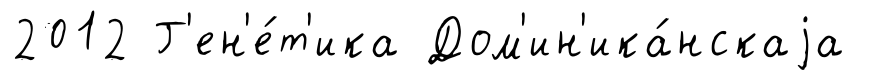
2012 Г'ен'е́т'ика Дом'ин'ика́нскаjа